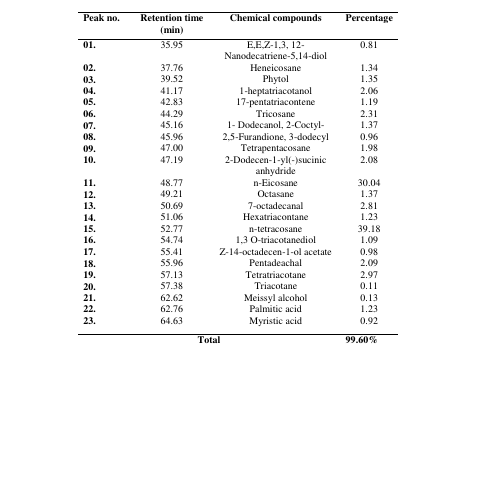
<table><thead><tr><td><b>Peak no.</b></td><td><b>Retention time(min)</b></td><td><b>Chemical compounds</b></td><td><b>Percentage</b></td></tr></thead><tbody><tr><td><b>01.</b></td><td>35.95</td><td>E,E,Z-1,3, 12-Nanodecatriene-5,14-diol</td><td>0.81</td></tr><tr><td><b>02.</b></td><td>37.76</td><td>Heneicosane</td><td>1.34</td></tr><tr><td><b>03.</b></td><td>39.52</td><td>Phytol</td><td>1.35</td></tr><tr><td><b>04.</b></td><td>41.17</td><td>1-heptatriacotanol</td><td>2.06</td></tr><tr><td><b>05.</b></td><td>42.83</td><td>17-pentatriacontene</td><td>1.19</td></tr><tr><td><b>06.</b></td><td>44.29</td><td>Tricosane</td><td>2.31</td></tr><tr><td><b>07.</b></td><td>45.16</td><td>1- Dodecanol, 2-Coctyl-</td><td>1.37</td></tr><tr><td><b>08.</b></td><td>45.96</td><td>2,5-Furandione, 3-dodecyl</td><td>0.96</td></tr><tr><td><b>09.</b></td><td>47.00</td><td>Tetrapentacosane</td><td>1.98</td></tr><tr><td><b>10.</b></td><td>47.19</td><td>2-Dodecen-1-yl(-)sucinic anhydride</td><td>2.08</td></tr><tr><td><b>11.</b></td><td>48.77</td><td>n-Eicosane</td><td>30.04</td></tr><tr><td><b>12.</b></td><td>49.21</td><td>Octasane</td><td>1.37</td></tr><tr><td><b>13.</b></td><td>50.69</td><td>7-octadecanal</td><td>2.81</td></tr><tr><td><b>14.</b></td><td>51.06</td><td>Hexatriacontane</td><td>1.23</td></tr><tr><td><b>15.</b></td><td>52.77</td><td>n-tetracosane</td><td>39.18</td></tr><tr><td><b>16.</b></td><td>54.74</td><td>1,3 O-triacotanediol</td><td>1.09</td></tr><tr><td><b>17.</b></td><td>55.41</td><td>Z-14-octadecen-1-ol acetate</td><td>0.98</td></tr><tr><td><b>18.</b></td><td>55.96</td><td>Pentadeachal</td><td>2.09</td></tr><tr><td><b>19.</b></td><td>57.13</td><td>Tetratriacotane</td><td>2.97</td></tr><tr><td><b>20.</b></td><td>57.38</td><td>Triacotane</td><td>0.11</td></tr><tr><td><b>21.</b></td><td>62.62</td><td>Meissyl alcohol</td><td>0.13</td></tr><tr><td><b>22.</b></td><td>62.76</td><td>Palmitic acid</td><td>1.23</td></tr><tr><td><b>23.</b></td><td>64.63</td><td>Myristic acid</td><td>0.92</td></tr><tr><td></td><td colspan="2"><b>Total</b></td><td><b>99.60%</b></td></tr></tbody></table>